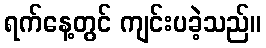
ရက်နေ့တွင် ကျင်းပခဲ့သည်။